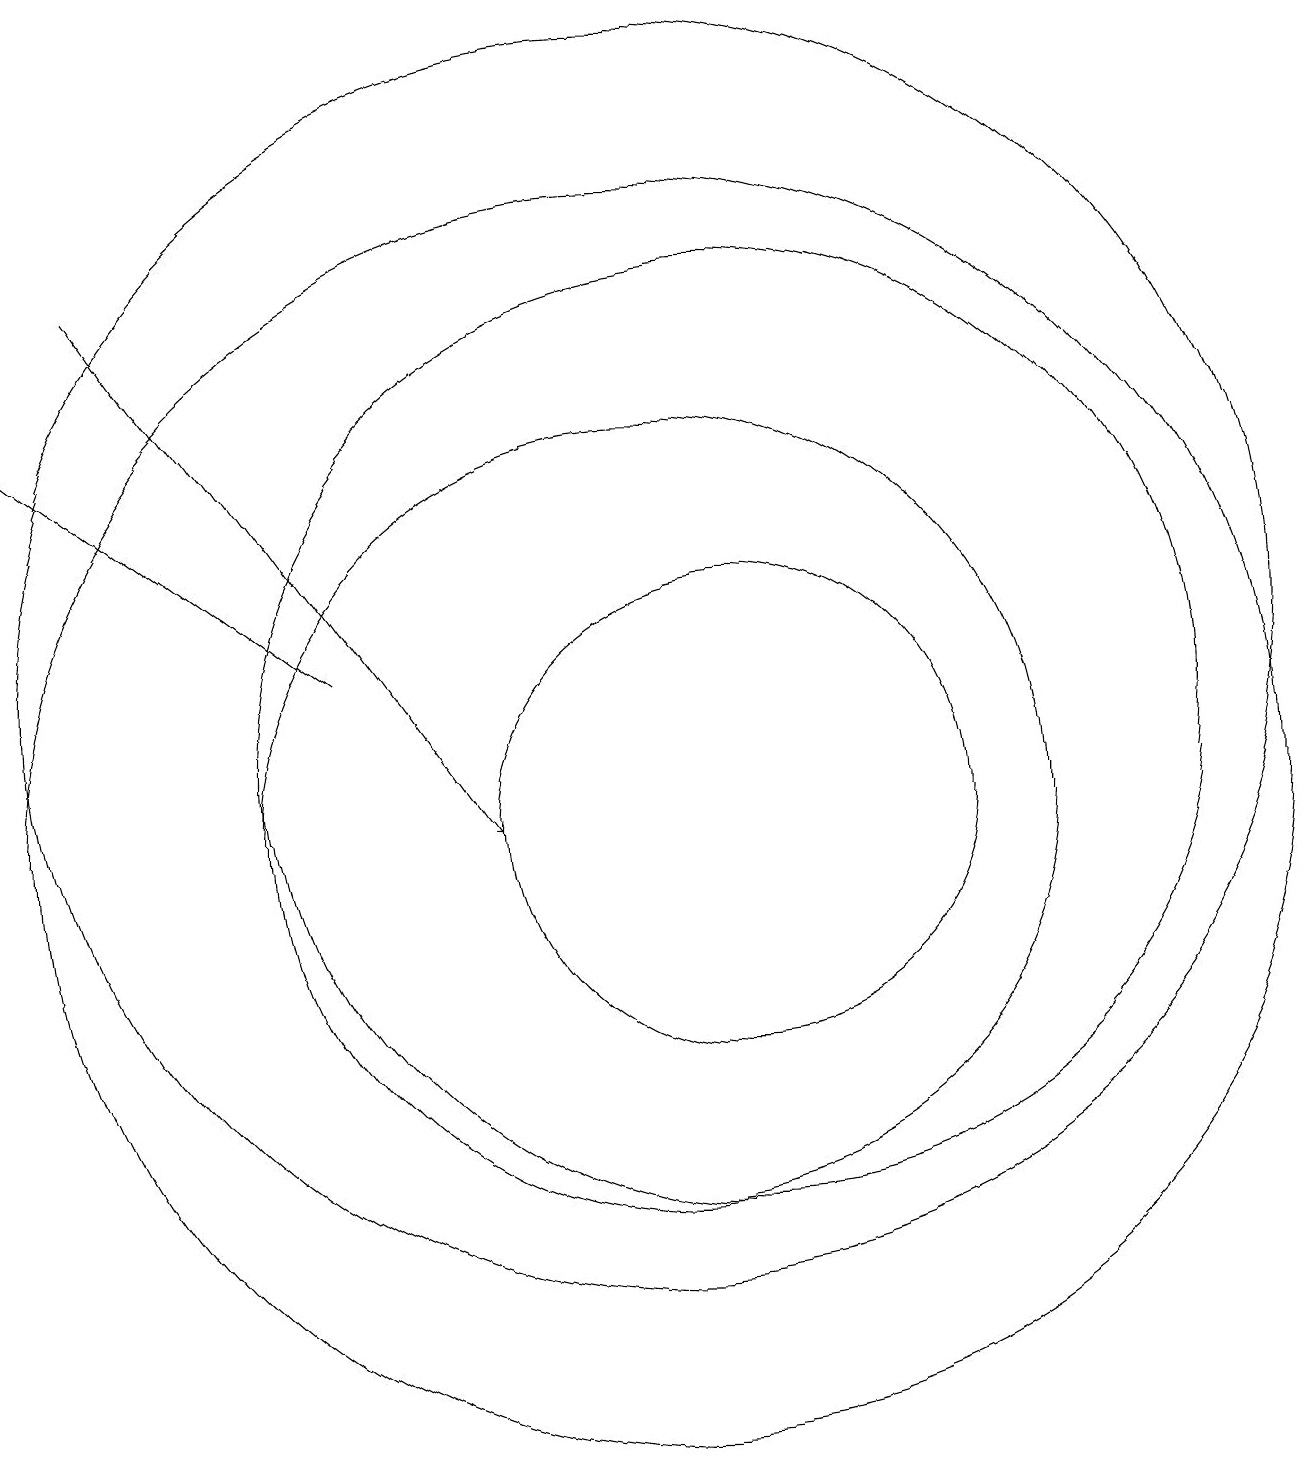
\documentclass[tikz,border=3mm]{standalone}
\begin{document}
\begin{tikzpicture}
\draw (11,11) circle (6);
\draw (10,10) circle (5);
\draw (11,10) circle (3);
\draw (10,10) circle (8);
\draw (10,12) circle (8);
\draw[->] (6,12) -- (2,15);
\draw[->] (3,17) -- (8,10);
\draw (12,12) circle (0);
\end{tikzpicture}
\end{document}